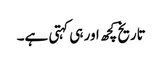
تاریخ کچھ اور ہی کہتی ہے۔